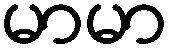
မာမာ